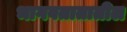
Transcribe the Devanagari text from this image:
भागवतातातील